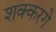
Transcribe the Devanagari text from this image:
शक्करगे